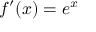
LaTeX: f ^ { \prime } ( x ) = e ^ { x }